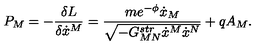
P _ { M } = - { \frac { \delta L } { \delta \dot { x } ^ { M } } } = { \frac { m e ^ { - \phi } \dot { x } _ { M } } { \sqrt { - G _ { M N } ^ { s t r } \dot { x } ^ { M } \dot { x } ^ { N } } } } + q A _ { M } .